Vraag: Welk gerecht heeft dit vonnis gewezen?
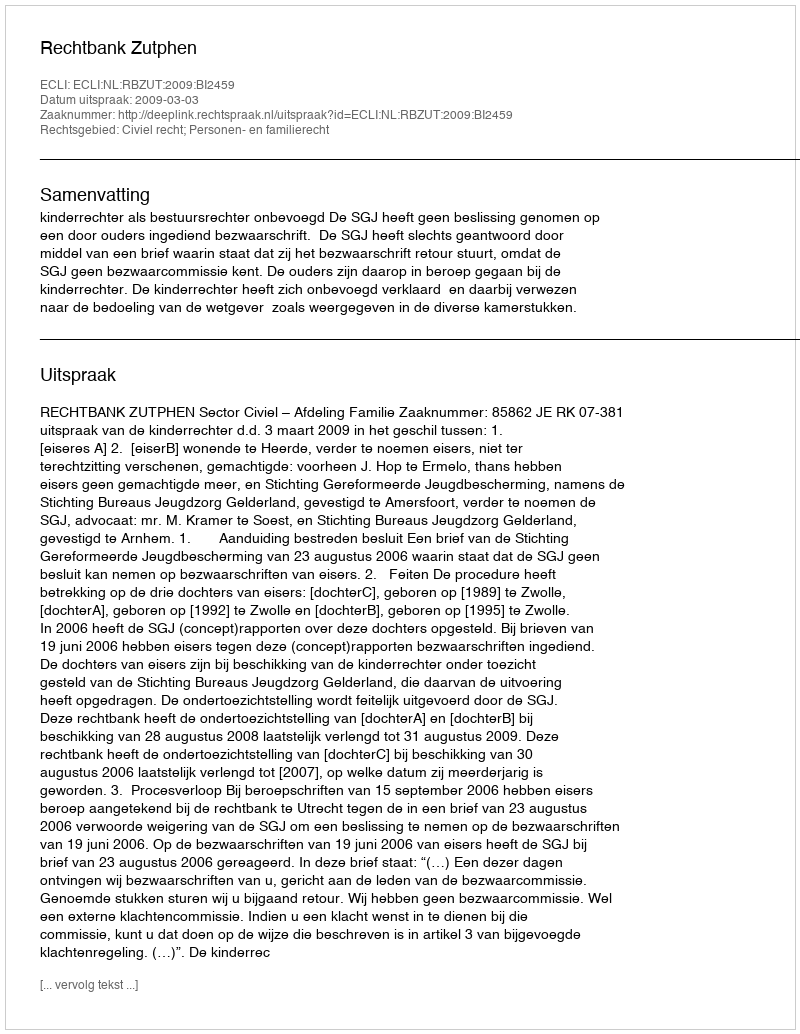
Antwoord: Rechtbank Zutphen